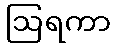
ဩရကာ